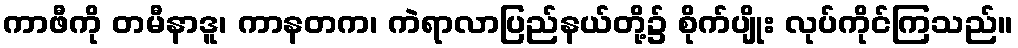
ကာဖီကို တမီနာဒူ၊ ကာနတက၊ ကဲရာလာပြည်နယ်တို့၌ စိုက်ပျိုး လုပ်ကိုင်ကြသည်။